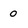
Character: 0